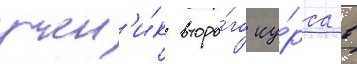
учен'и́к второ́го ку́рса в